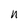
Character: n